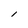
Character: l